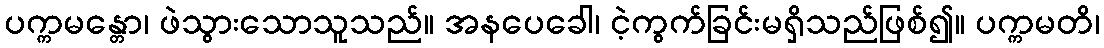
ပက္ကမန္တော၊ ဖဲသွားသောသူသည်။ အနပေခေါ၊ ငဲ့ကွက်ခြင်းမရှိသည်ဖြစ်၍။ ပက္ကမတိ၊